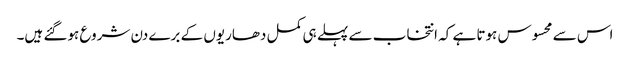
اس سے محسوس ہوتا ہے کہ انتخاب سے پہلے ہی کمل دھاریوں کے برے دن شروع ہوگئے ہیں۔